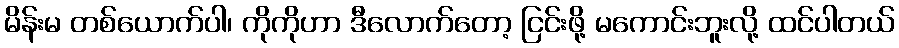
မိန်းမ တစ်ယောက်ပါ၊ ကိုကိုဟာ ဒီလောက်တော့ ငြင်းဖို့ မကောင်းဘူးလို့ ထင်ပါတယ်